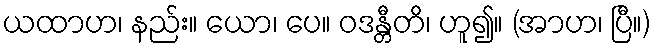
ယထာဟ၊ နည်း။ ယော၊ ပေ။ ဝဒန္တီတိ၊ ဟူ၍။ (အာဟ၊ ပြီ။)